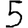
Digit: 5